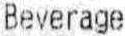
BEVERAGE